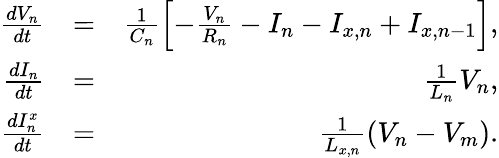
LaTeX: \begin{array}{rlr}{\frac{dV_{n}}{dt}}&{=}&{\frac{1}{C_{n}}\left[-\frac{V_{n}}{R_{n}}-I_{n}-I_{x,n}+I_{x,n-1}\right],}\\ {\frac{dI_{n}}{dt}}&{=}&{\frac{1}{L_{n}}V_{n},}\\ {\frac{dI_{n}^{x}}{dt}}&{=}&{\frac{1}{L_{x,n}}\left(V_{n}-V_{m}\right).}\end{array}